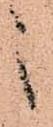
之